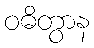
ဝဓိတွာန